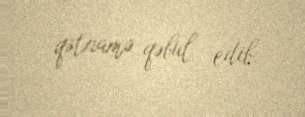
qətnamə qəbul edib.